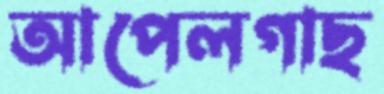
আপেলগাছ